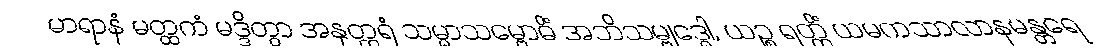
မာရာနံ မတ္ထကံ မဒ္ဒိတွာ အနုတ္တရံ သမ္မာသမ္ဗောဓိံ အဘိသမ္ဗုဒ္ဓေါ, ယဉ္စ ရတ္တိံ ယမကသာလာနမန္တရေ